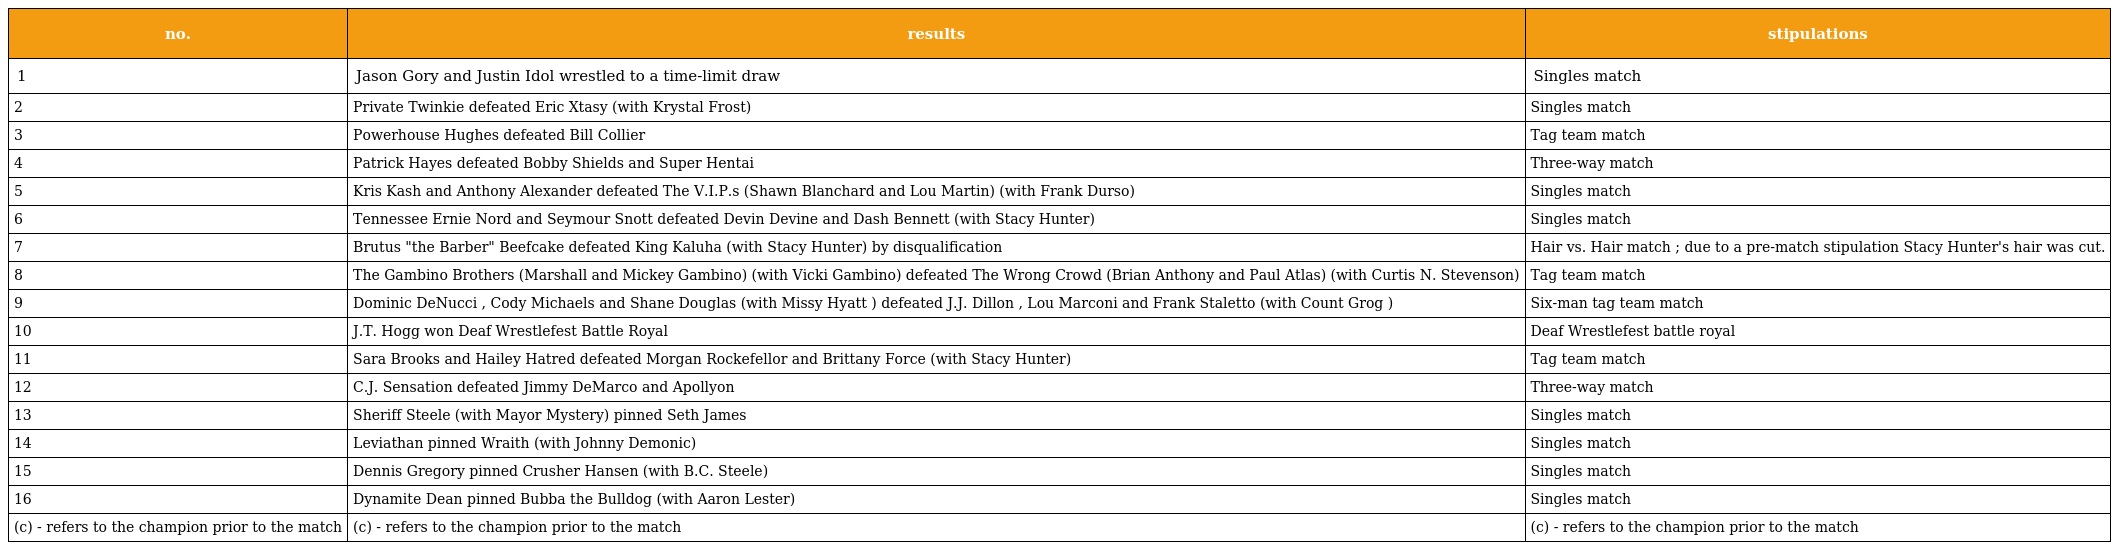
| no. | results | stipulations |
 | --- | --- | --- |
 | 1 | Jason Gory and Justin Idol wrestled to a time-limit draw | Singles match |
 | 2 | Private Twinkie defeated Eric Xtasy (with Krystal Frost) | Singles match |
 | 3 | Powerhouse Hughes defeated Bill Collier | Tag team match |
 | 4 | Patrick Hayes defeated Bobby Shields and Super Hentai | Three-way match |
 | 5 | Kris Kash and Anthony Alexander defeated The V.I.P.s (Shawn Blanchard and Lou Martin) (with Frank Durso) | Singles match |
 | 6 | Tennessee Ernie Nord and Seymour Snott defeated Devin Devine and Dash Bennett (with Stacy Hunter) | Singles match |
 | 7 | Brutus "the Barber" Beefcake defeated King Kaluha (with Stacy Hunter) by disqualification | Hair vs. Hair match ; due to a pre-match stipulation Stacy Hunter's hair was cut. |
 | 8 | The Gambino Brothers (Marshall and Mickey Gambino) (with Vicki Gambino) defeated The Wrong Crowd (Brian Anthony and Paul Atlas) (with Curtis N. Stevenson) | Tag team match |
 | 9 | Dominic DeNucci , Cody Michaels and Shane Douglas (with Missy Hyatt ) defeated J.J. Dillon , Lou Marconi and Frank Staletto (with Count Grog ) | Six-man tag team match |
 | 10 | J.T. Hogg won Deaf Wrestlefest Battle Royal | Deaf Wrestlefest battle royal |
 | 11 | Sara Brooks and Hailey Hatred defeated Morgan Rockefellor and Brittany Force (with Stacy Hunter) | Tag team match |
 | 12 | C.J. Sensation defeated Jimmy DeMarco and Apollyon | Three-way match |
 | 13 | Sheriff Steele (with Mayor Mystery) pinned Seth James | Singles match |
 | 14 | Leviathan pinned Wraith (with Johnny Demonic) | Singles match |
 | 15 | Dennis Gregory pinned Crusher Hansen (with B.C. Steele) | Singles match |
 | 16 | Dynamite Dean pinned Bubba the Bulldog (with Aaron Lester) | Singles match |
 | (c) - refers to the champion prior to the match | (c) - refers to the champion prior to the match | (c) - refers to the champion prior to the match |